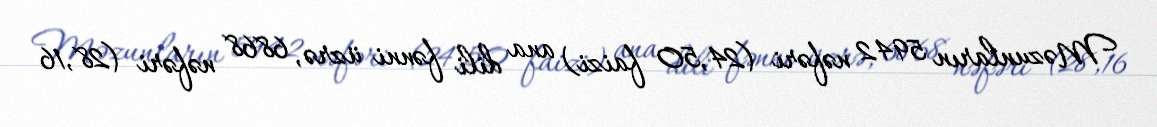
Məzunların 5942 nəfəri (24,50 faizi) ana dili fənni üzrə, 6868 nəfəri (28,16